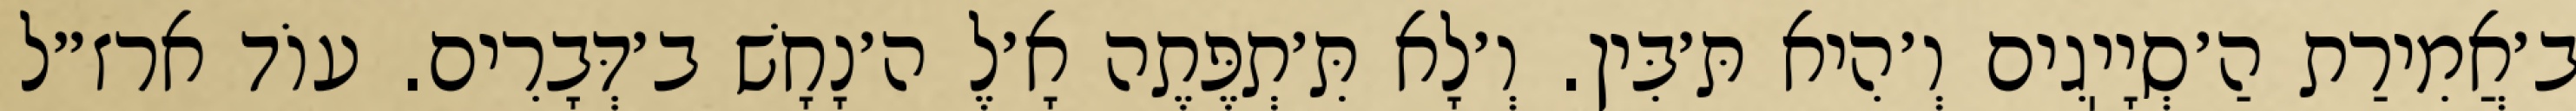
ב׳אֲמִירַת הַ׳סְיָיֽגִים וְ׳הִיא תּ׳בִּין. וְ׳לָא תִּ׳תְפֶּתֶה אָ׳לֶ ה׳נָחָשׁ ב׳דְּבָרִים. עוֹד ארז״ל